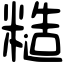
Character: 糙